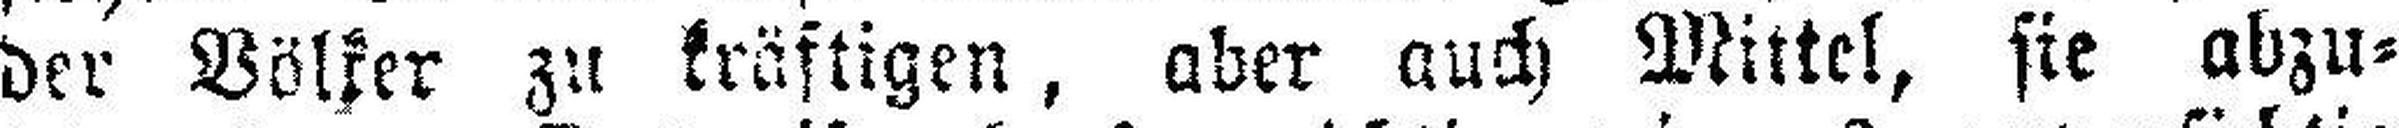
der Völker zu kräftigen, aber auch Mittel, sie abzu¬